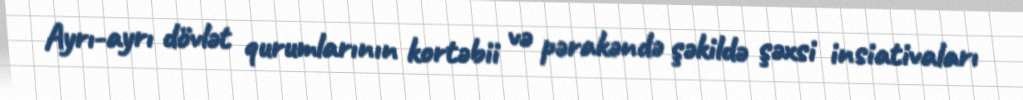
Ayrı-ayrı dövlət qurumlarının kortəbii və pərakəndə şəkildə şəxsi insiativaları